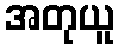
အတုယူ